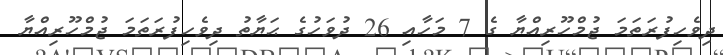
ދިވެހިފުރަތަމަ ޖުމްހޫރިއްޔާ ގެ 7 މަހާއި 26 ދުވަހުގެ ޙަޔާތު ދިވެހިފުރަތަމަ ޖުމްހޫރިއްޔާ